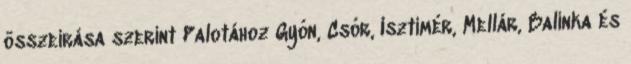
összeírása szerint Palotához Gyón, Csór, Isztimér, Mellár, Balinka és